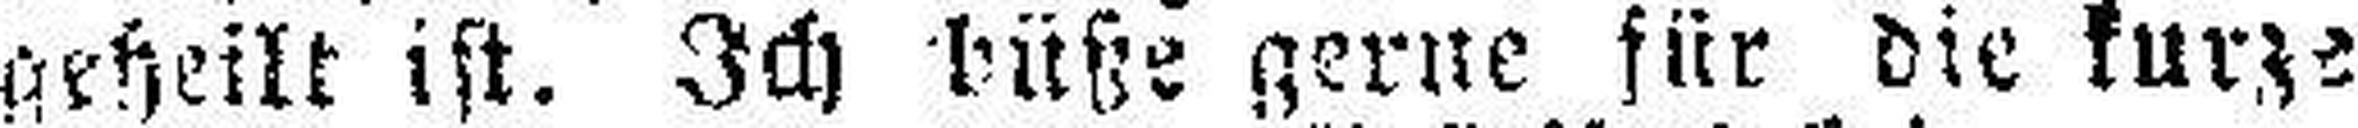
geheilt ist. Ich büße gerne für die kurze